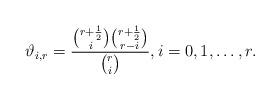
LaTeX: \begin{align*}\vartheta_{i,r}=\frac{\binom{r+\frac{1}{2}}{i}\binom{r+\frac{1}{2}}{r-i}}{\binom{r}{i}}, i=0,1,\dots,r.\end{align*}